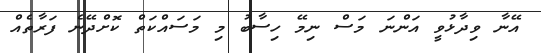
އޭނާ ވިދާޅުވީ އަންނަ މަސް ނިމޭ ހިސާބު މި މަސައްކަތް ކޮށްދޭނެ ފަރާތެއް